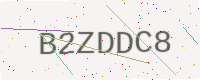
Text: B2ZDDC8